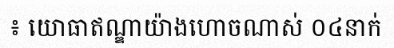
៖ យោធាឥណ្ឌាយ៉ាងហោចណាស់ ០៤នាក់